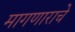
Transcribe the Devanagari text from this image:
मागणाराचे